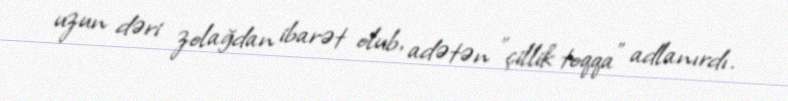
uzun dəri zolağdan ibarət olub, adətən "çillik toqqa" adlanırdı.